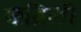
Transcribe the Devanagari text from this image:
कब्रिनी